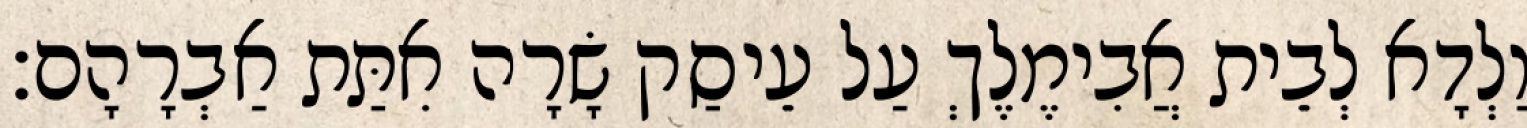
וַלְדָא לְבֵית אֲבִימֶלֶךְ עַל עֵיסַק שָׂרָה אִתַּת אַבְרָהָם׃